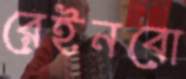
রেইনবো